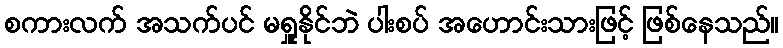
စကားလက် အသက်ပင် မရှူနိုင်ဘဲ ပါးစပ် အဟောင်းသားဖြင့် ဖြစ်နေသည်။